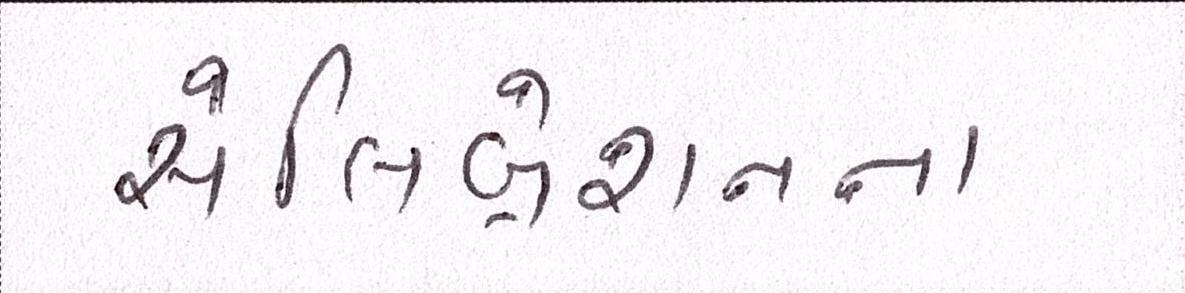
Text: સેલિબ્રેશનના